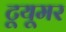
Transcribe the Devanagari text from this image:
टूयूमर